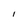
Character: I